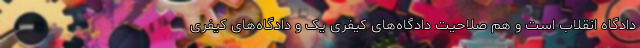
دادگاه انقلاب است و هم صلاحیت دادگاه‌های کیفری یک و دادگاه‌های کیفری